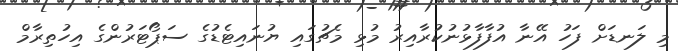
މި ލަނޑަށް ފަހު އޭނާ އުފާފާޅުނުކުރާއިރު މުޅި މެޗުގައި ޔުނައިޓެޑުގެ ސަޕޯޓަރުންގެ އިހުތިރާމް